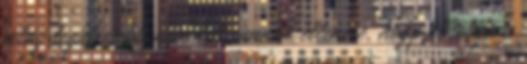
világ leghíresebb képe lett, annak ellenére, hogy alkotója a